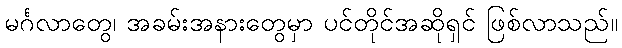
မင်္ဂလာတွေ၊ အခမ်းအနားတွေမှာ ပင်တိုင်အဆိုရှင် ဖြစ်လာသည်။